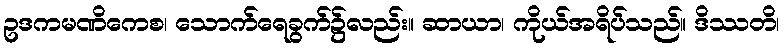
ဥဒကမဏိကေစ၊ သောက်ရေခွက်၌လည်း။ ဆာယာ၊ ကိုယ်အရိပ်သည်။ ဒိဿတိ၊